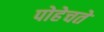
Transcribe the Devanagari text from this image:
पोहेचते